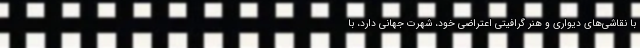
با نقاشی‌های دیواری و هنر گرافیتی اعتراضی خود، شهرت جهانی دارد، با